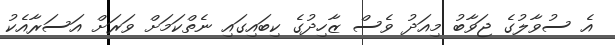
އެ ސުވާލުގެ ޖަވާބު މިއަދު ވެސް ޒާހިދުގެ ކިބައިގައި ނެތްކަމަށް ވަރަށް އަސަރާއެކު